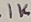
Text: 1K